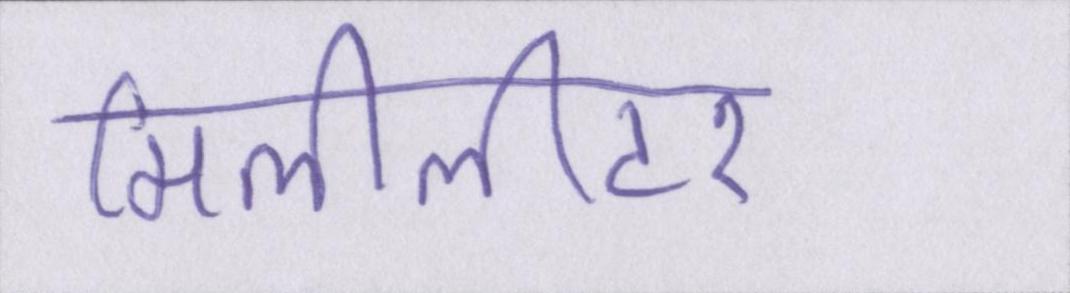
मिलीलीटर